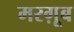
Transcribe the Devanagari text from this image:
मरग़ूब